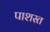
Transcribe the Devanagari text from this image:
पाशस्त